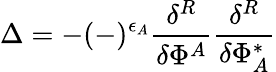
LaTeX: \Delta=-(-)^{\epsilon_{A}}\frac{\delta^{R}}{\delta\Phi^{A}}\frac{\delta^{R}}{\delta\Phi_{A}^{*}}